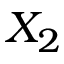
X _ { 2 }